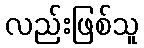
လည်းဖြစ်သူ